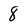
Character: 8